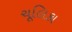
ચૂલિકા